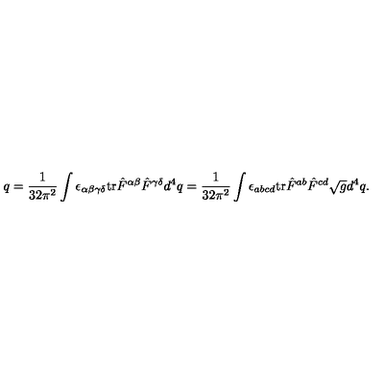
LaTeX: q = \frac 1 { 3 2 \pi ^ { 2 } } \int \epsilon _ { \alpha \beta \gamma \delta } \mathrm { t r } \hat { F } ^ { \alpha \beta } \hat { F } ^ { \gamma \delta } d ^ { 4 } q = \frac 1 { 3 2 \pi ^ { 2 } } \int \epsilon _ { a b c d } \mathrm { t r } \hat { F } ^ { a b } \hat { F } ^ { c d } \sqrt { g } d ^ { 4 } q .